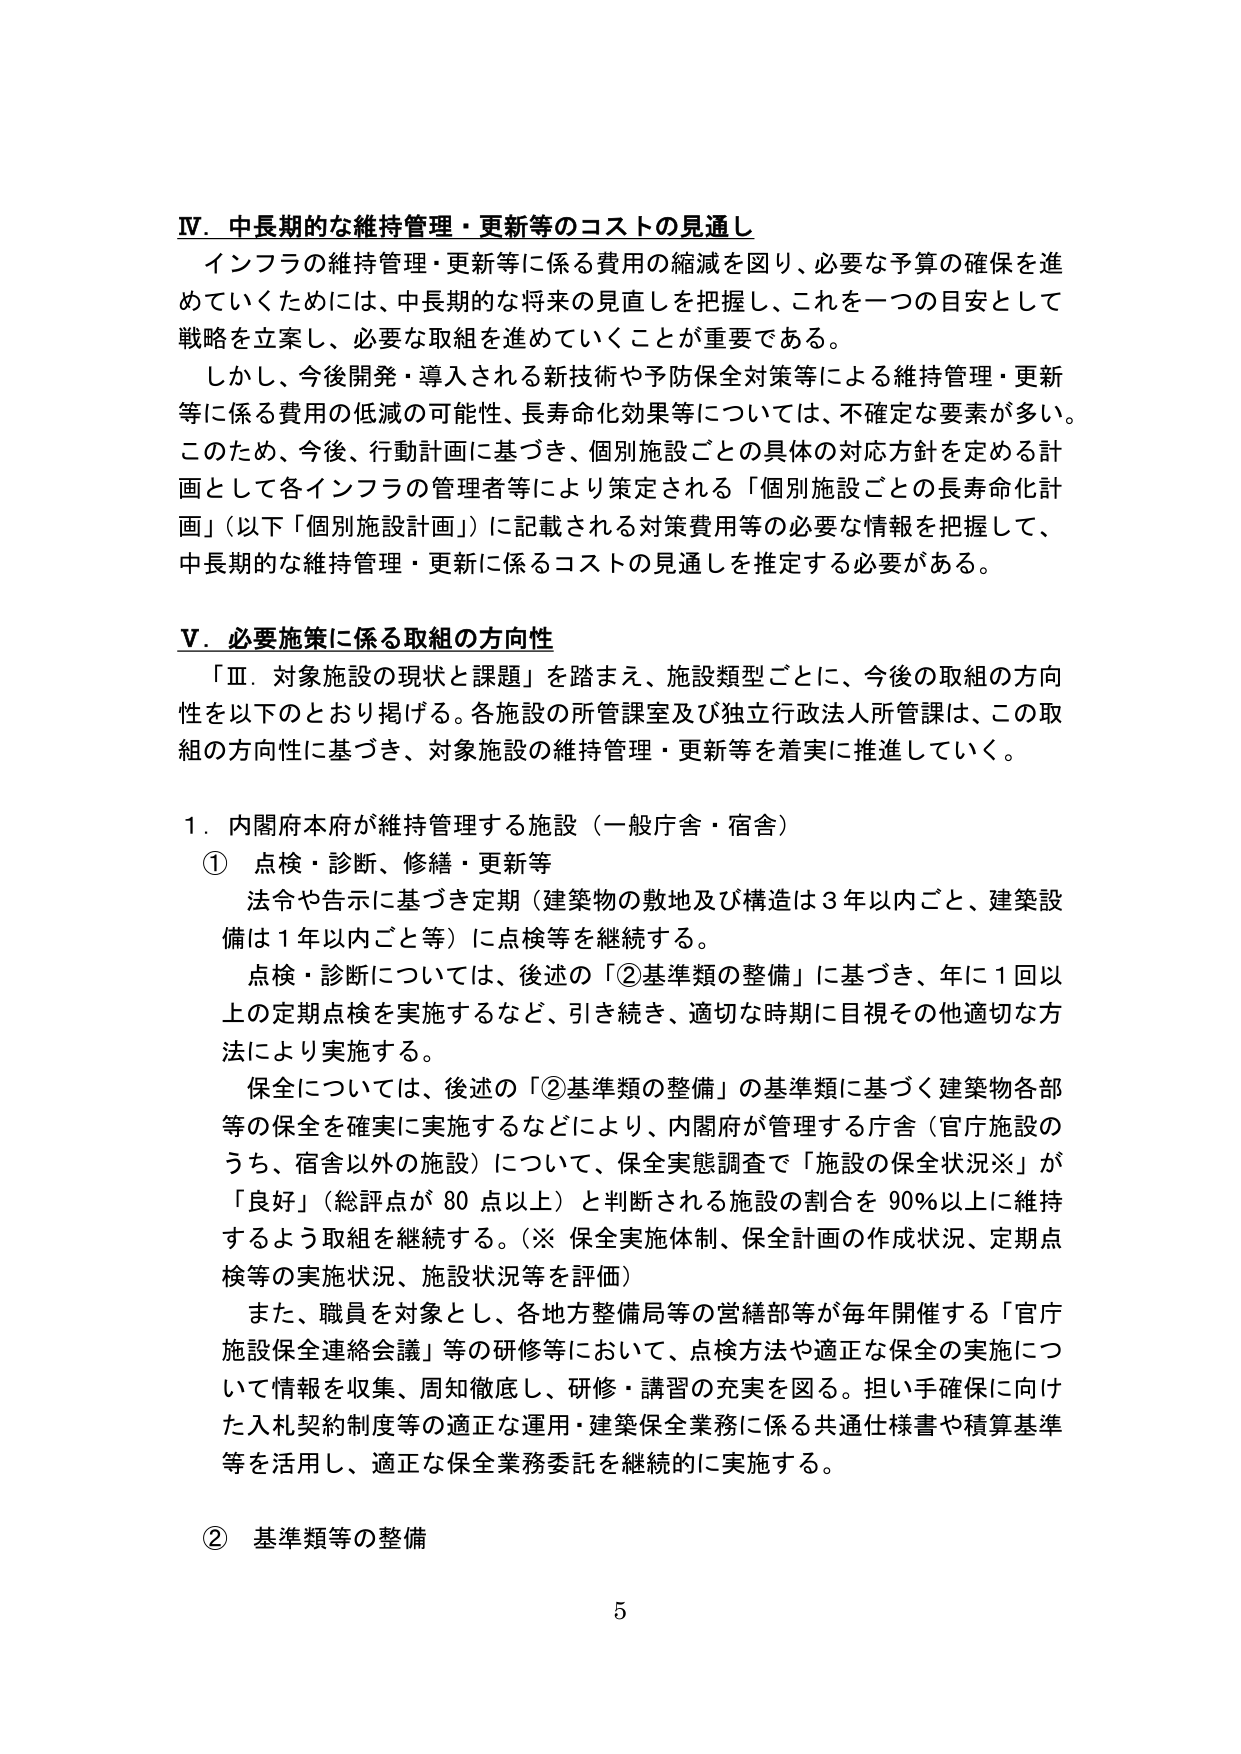
Ⅳ．中長期的な維持管理・更新等のコストの見通し
インフラの維持管理・更新等に係る費用の縮減を図り、必要な予算の確保を進めていくためには、中長期的な将来の見直しを把握し、これを一つの目安として戦略を立案し、必要な取組を進めていくことが重要である。
しかし、今後開発・導入される新技術や予防保全対策等による維持管理・更新等に係る費用の低減の可能性、長寿命化効果等については、不確定な要素が多い。このため、今後、行動計画に基づき、個別施設ごとの具体的対応方針を定める計画として各インフラの管理者等により策定される「個別施設ごとの長寿命化計画」（以下「個別施設計画」）に記載される対策費用等の必要な情報を把握して、中長期的な維持管理・更新に係るコストの見通しを推定する必要がある。

Ⅴ．必要施策に係る取組の方向性
「Ⅲ．対象施設の現状と課題」を踏まえ、施設類型ごとに、今後の取組の方向性を以下のとおり掲げる。各施設の所管課室及び独立行政法人所管課は、この取組の方向性に基づき、対象施設の維持管理・更新等を着実に推進していく。

１．内閣府本府が維持管理する施設（一般庁舎・宿舎）
① 点検・診断、修繕・更新等
法令や告示に基づき定期（建築物の敷地及び構造は３年以内ごと、建築設備は１年以内ごと等）に点検等を継続する。
点検・診断については、後述の「②基準類の整備」に基づき、年に１回以上の定期点検を実施するなど、引き続き、適切な時期に目視その他適切な方法により実施する。
保全については、後述の「②基準類の整備」の基準類に基づく建築物各部等の保全を確実に実施するなどにより、内閣府が管理する庁舎（官庁施設のうち、宿舎以外の施設）について、保全実態調査で「施設の保全状況※」が「良好」（総評点が８０点以上）と判断される施設の割合を９０％以上に維持するよう取組を継続する。（※ 保全実施体制、保全計画の作成状況、定期点検等の実施状況、施設状況等を評価）
また、職員を対象とし、各地方整備局等の営繕部等が毎年開催する「官庁施設保全連絡会議」等の研修等において、点検方法や適正な保全の実施について情報を収集、周知徹底し、研修・講習の充実を図る。担い手確保に向けた入札契約制度等の適正な運用・建築保全業務に係る共通仕様書や積算基準等を活用し、適正な保全業務委託を継続的に実施する。

② 基準類等の整備

5